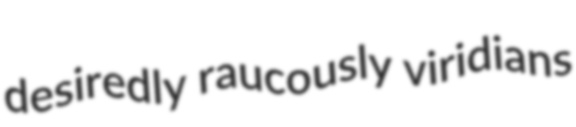
desiredly raucously viridians